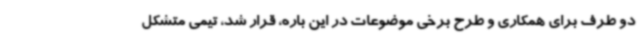
دو طرف برای همکاری و طرح برخی موضوعات در این باره، قرار شد، تیمی متشکل